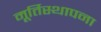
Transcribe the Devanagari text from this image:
मूर्तिस्थापना